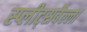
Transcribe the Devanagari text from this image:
स्प्लीट्सवैल्ला